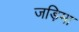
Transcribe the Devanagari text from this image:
जड़िमा